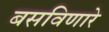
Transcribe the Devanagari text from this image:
बसविणारे